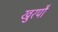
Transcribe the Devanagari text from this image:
खुरपौ